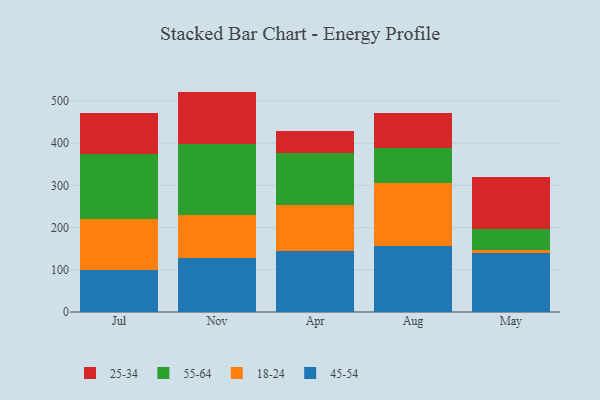
{"axis": {"x": "Month", "y": "Page Views"}, "legend": ["18-24", "25-34", "45-54", "55-64"], "data": [{"x": "Jul", "y": 100.0, "type": "45-54"}, {"x": "Jul", "y": 120.7, "type": "18-24"}, {"x": "Jul", "y": 153.7, "type": "55-64"}, {"x": "Jul", "y": 97.7, "type": "25-34"}, {"x": "Nov", "y": 127.0, "type": "45-54"}, {"x": "Nov", "y": 104.0, "type": "18-24"}, {"x": "Nov", "y": 167.7, "type": "55-64"}, {"x": "Nov", "y": 123.5, "type": "25-34"}, {"x": "Apr", "y": 144.6, "type": "45-54"}, {"x": "Apr", "y": 108.3, "type": "18-24"}, {"x": "Apr", "y": 124.8, "type": "55-64"}, {"x": "Apr", "y": 52.3, "type": "25-34"}, {"x": "Aug", "y": 156.6, "type": "45-54"}, {"x": "Aug", "y": 149.7, "type": "18-24"}, {"x": "Aug", "y": 82.4, "type": "55-64"}, {"x": "Aug", "y": 82.2, "type": "25-34"}, {"x": "May", "y": 140.6, "type": "45-54"}, {"x": "May", "y": 6.6, "type": "18-24"}, {"x": "May", "y": 50.5, "type": "55-64"}, {"x": "May", "y": 121.5, "type": "25-34"}]}